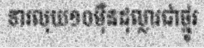
ទារលុយ១០ម៉ឺនដុល្លារជាថ្នូរ